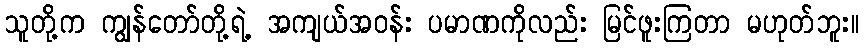
သူတို့က ကျွန်တော်တို့ရဲ့ အကျယ်အဝန်း ပမာဏကိုလည်း မြင်ဖူးကြတာ မဟုတ်ဘူး။